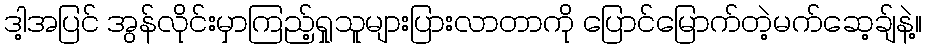
ဒါ့အပြင် အွန်လိုင်းမှာကြည့်ရှုသူများပြားလာတာကို ပြောင်မြောက်တဲ့မက်ဆေ့ချ်နဲ့။